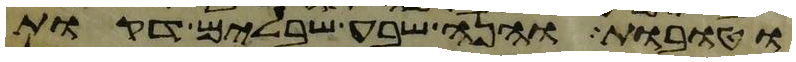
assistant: וטובות והנה שבע שבלים דקות